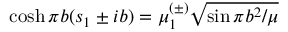
\cosh \pi b ( s _ { 1 } \pm i b ) = \mu _ { 1 } ^ { ( \pm ) } \sqrt { \sin \pi b ^ { 2 } / \mu }